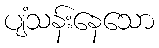
ပျံသန်းနေသော